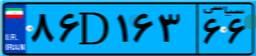
۸۶D۱۶۳۶۶